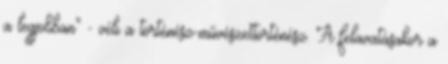
a legjobban" - véli a történész-művészettörténész. A felavatásakor a